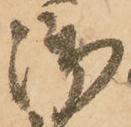
御